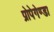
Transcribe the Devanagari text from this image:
प्रोपेगेण्डा